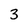
Character: 3